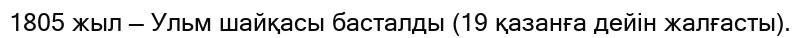
1805 жыл — Ульм шайқасы басталды (19 қазанға дейін жалғасты).